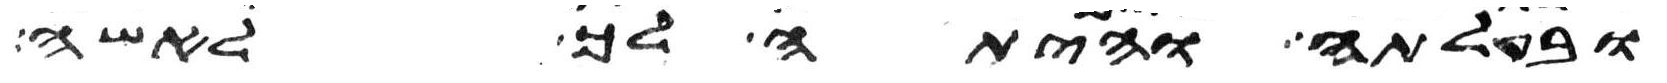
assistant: ובעלתה והיתה לך לאשה